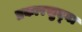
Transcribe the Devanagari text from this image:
प्रकारसुद्घा